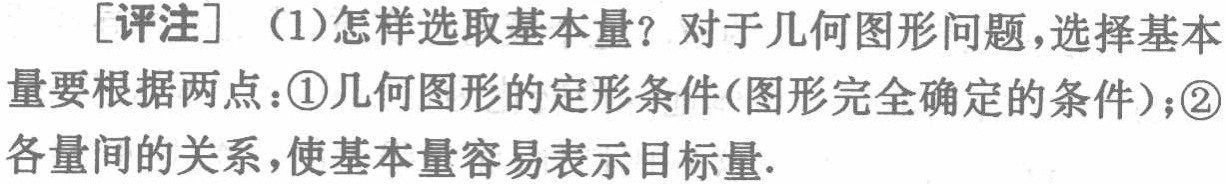
[评注] （1）怎样选取基本量？对于几何图形问题，选择基本量要根据两点：\textcircled{1}几何图形的定形条件(图形完全确定的条件)；\textcircled{2}各量间的关系，使基本量容易表示目标量.